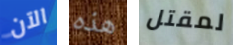
الآن هذه لمقتل